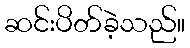
ဆင်းပိတ်ခဲ့သည်။